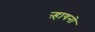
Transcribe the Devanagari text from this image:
ऱ्हायनो